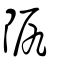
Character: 𨸰